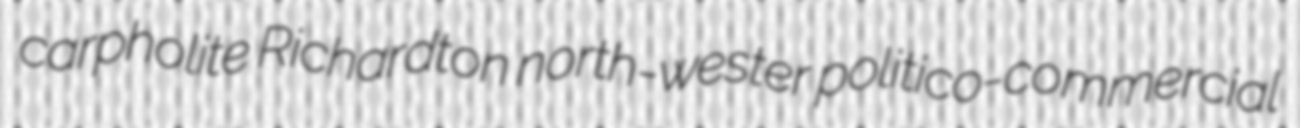
carpholite Richardton north-wester politico-commercial